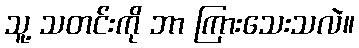
သူ့ သတင်းကို ဘာ ကြားသေးသလဲ။